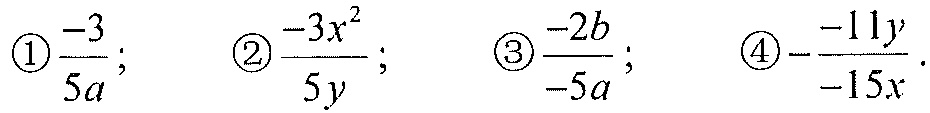
\textcircled{1}\(\frac{-3}{5a}\)； \textcircled{2}\(\frac{-3x^{2}}{5y}\)； \textcircled{3}\(\frac{-2b}{-5a}\)； \textcircled{4}\(-\frac{-11y}{-15x}\).